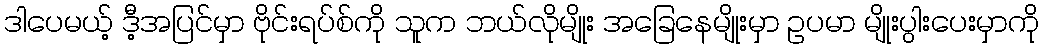
ဒါပေမယ့် ဒီ့အပြင်မှာ ဗိုင်းရပ်စ်ကို သူက ဘယ်လိုမျိုး အခြေနေမျိုးမှာ ဥပမာ မျိုးပွါးပေးမှာကို